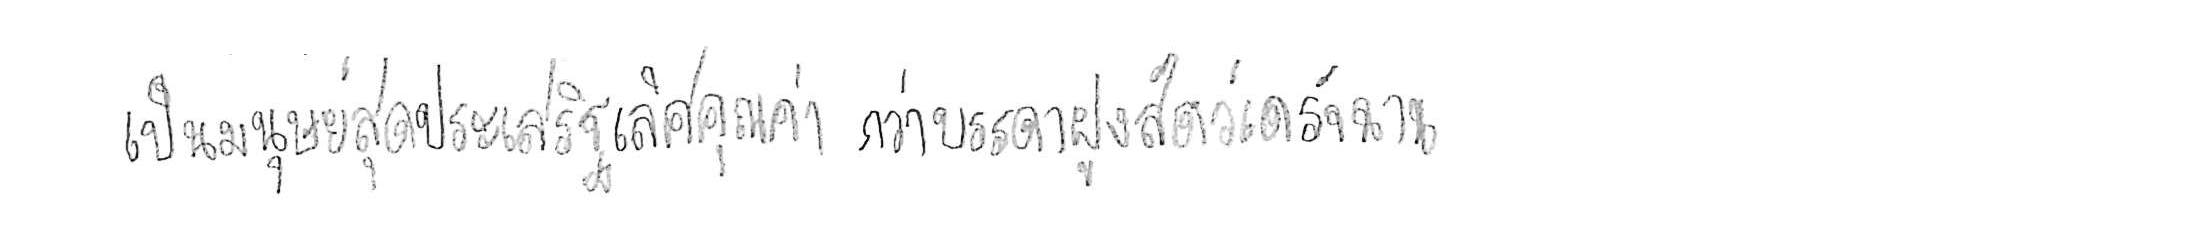
เป็นมนุษย์สุดประเสริฐเลิศคุณค่า กว่าบรรดาฝูงสัตว์เดรัจฉาน